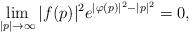
LaTeX: \begin{align*}\lim\limits_{|p|\rightarrow \infty}|f(p)|^2e^{|\varphi(p)|^2-|p|^2}=0, \end{align*}